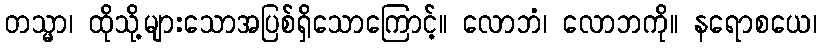
တသ္မာ၊ ထိုသို့များသောအပြစ်ရှိသောကြောင့်။ လောဘံ၊ လောဘကို။ နရောစယေ၊